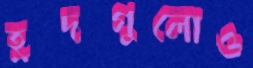
হ্রদগুলোও